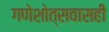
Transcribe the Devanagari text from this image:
गणेशोत्सवासही